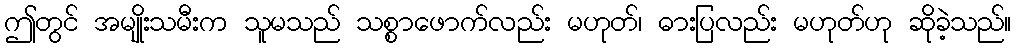
ဤတွင် အမျိုးသမီးက သူမသည် သစ္စာဖောက်လည်း မဟုတ်၊ ဓားပြလည်း မဟုတ်ဟု ဆိုခဲ့သည်။